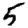
Digit: 5